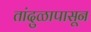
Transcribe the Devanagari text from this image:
तांदुळापासून